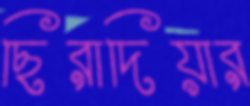
ছিরাদিয়ার